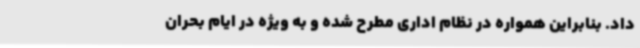
داد. بنابراین همواره در نظام اداری مطرح شده و به ویژه در ایام بحران